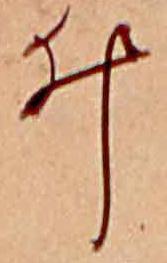
ゐ